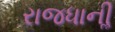
રાજધાનીૢ